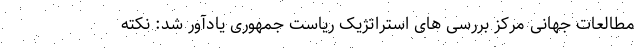
مطالعات جهانی مرکز بررسی های استراتژیک ریاست جمهوری یادآور شد: نکته